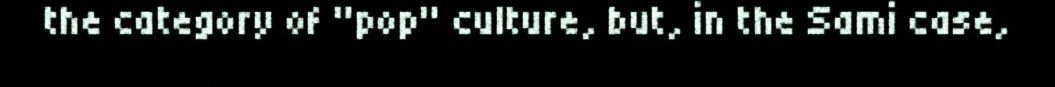
the category of "pop" culture, but, in the Sami case,